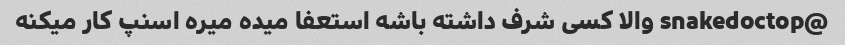
@snakedoctop والا کسی شرف داشته باشه استعفا میده میره اسنپ کار میکنه